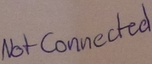
Text: Not Connected